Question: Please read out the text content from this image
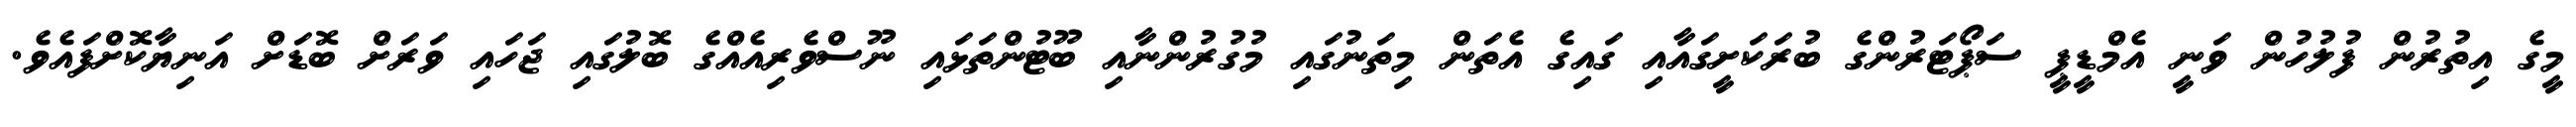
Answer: މީގެ އިތުރުން ފުލުހުން ވަނީ އެމްޑީޕީ ސަޕޯޓަރުންގެ ބުރަކަށީގައާއި ގައިގެ އެތަން މިތަނުގައި މުގުރުންނާއި ބޫޓުންތަޅައި ނޫސްވެރިއެއްގެ ބޮލުގައި ޖަހައި ވަރަށް ބޮޑަށް އަނިޔާކޮށްފައެވެ.